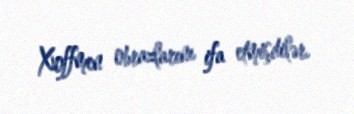
Xoffmen obrazlarını ifa etmişdilər.